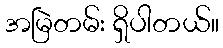
အမြဲတမ်း ရှိပါတယ်။